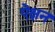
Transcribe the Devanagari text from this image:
ऐक्षन